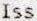
ISS